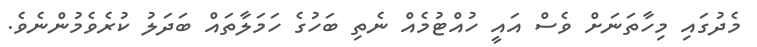
މެދުގައި މިހާތަނަށް ވެސް އައީ ހުއްޓުމެއް ނެތި ބަހުގެ ހަމަލާތައް ބަދަލު ކުރެވެމުންނެވެ.